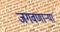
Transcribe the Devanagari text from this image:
जगवणार्‍या